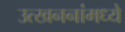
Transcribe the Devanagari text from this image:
उत्खननांमध्ये